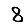
Digit: 8